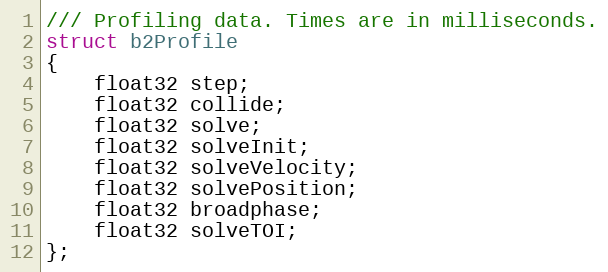
Language: C
/// Profiling data. Times are in milliseconds.
struct b2Profile
{
	float32 step;
	float32 collide;
	float32 solve;
	float32 solveInit;
	float32 solveVelocity;
	float32 solvePosition;
	float32 broadphase;
	float32 solveTOI;
};